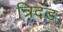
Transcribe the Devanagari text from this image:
त्रिदंड